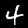
Digit: 4